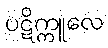
ပဋိက္ကူလေ